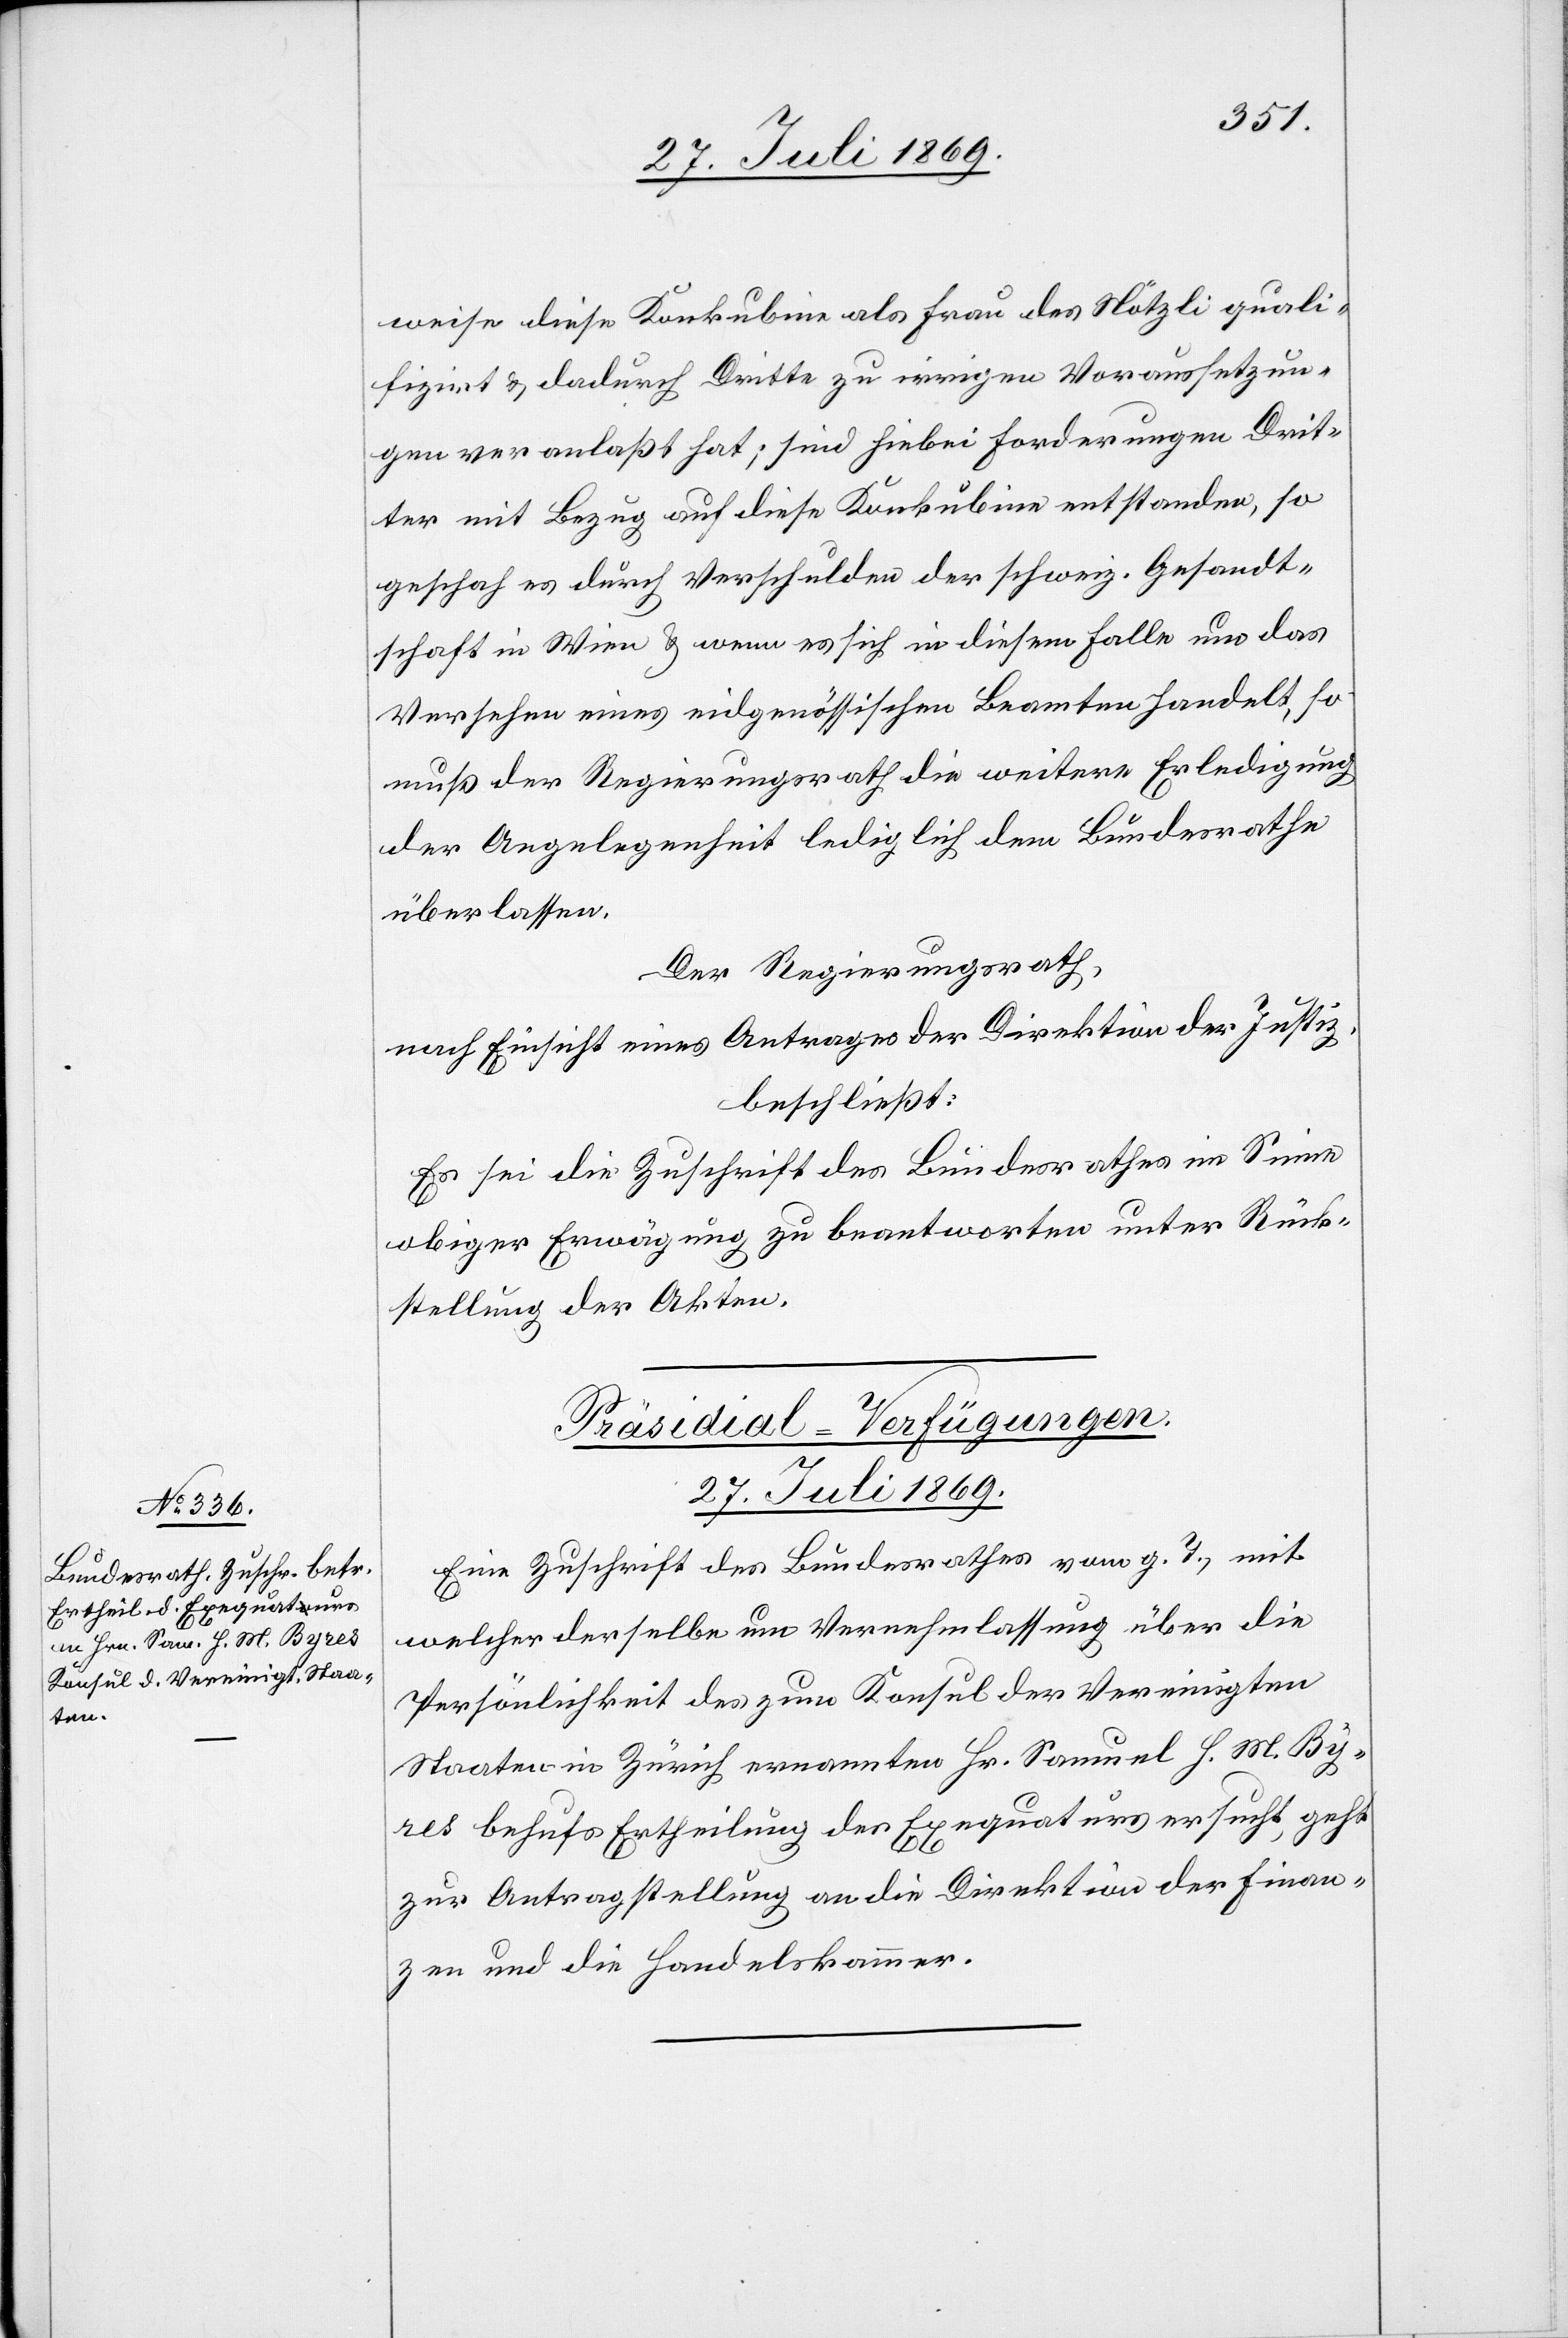
weise diese Konkubine als Frau des Nötzli quali¬
fizirt u. dadurch Dritte zu irrigen Voraussetzun¬
gen veranlaßt hat; sind hiebei Forderungen Drit¬
ter mit Bezug auf diese Konkubine entstanden, so
geschah es durch Verschulden der schweiz. Gesandt¬
schaft in Wien u. wenn es sich in diesem Falle um das
Versehen eines eidgenössischen Beamten handelt, so
muß der Regierungsrath die weitere Erledigung
der Angelegenheit lediglich dem Bundesrathe
überlassen.
Der Regierungsrath,
nach Einsicht eines Antrages der Direktion der Justiz,
beschließt:
Es sei die Zuschrift des Bundesrathes im Sinne
obiger Erwägung zu beantworten unter Rück¬
sendung der Akten.
Präsidial-Verfügungen.
27. Juli 1869.
Eine Zuschrift des Bundesrathes vom g. T., mit
welcher derselbe um Vernehmlassung über die
Persönlichkeit des zum Konsul der Vereinigten
Staaten in Zürich ernannten Hr. Samuel H. M. Byr¬
es behufs Ertheilung der Exequaturs ersucht, geht
zur Antragstellung an die Direktion der Finan¬
zen und die Handelskammer.